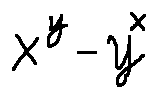
x ^ { y } - y ^ { x }